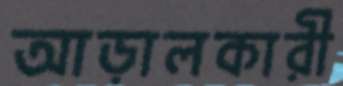
আড়ালকারী